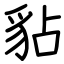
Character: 𧲸